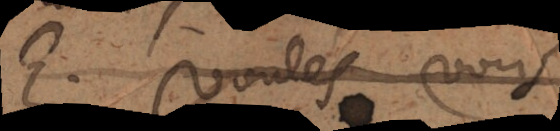
E. Voulés vous